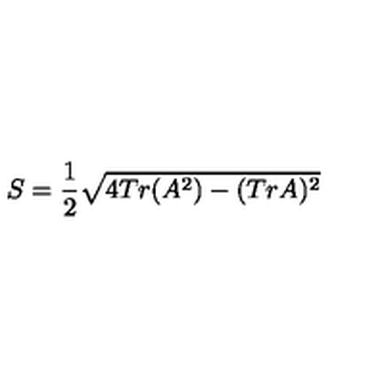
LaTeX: S = \frac { 1 } { 2 } \sqrt { 4 T r ( A ^ { 2 } ) - ( T r A ) ^ { 2 } }